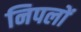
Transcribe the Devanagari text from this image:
निपलों